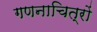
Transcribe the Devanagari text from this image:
गणनाचित्रों